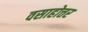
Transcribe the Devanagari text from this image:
वसाहोत्तर